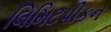
લિમિટપીકન